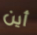
أين